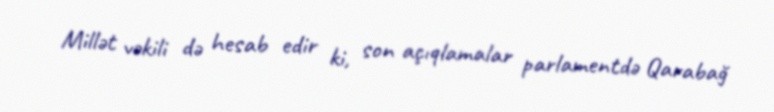
Millət vəkili də hesab edir ki, son açıqlamalar parlamentdə Qarabağ